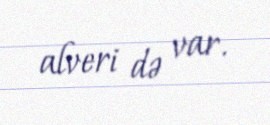
alveri də var.